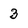
Character: 3